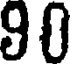
90